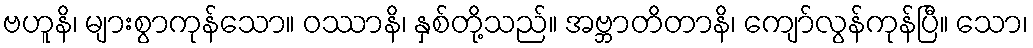
ဗဟူနိ၊ များစွာကုန်သော။ ဝဿာနိ၊ နှစ်တို့သည်။ အဗ္ဘာတိတာနိ၊ ကျော်လွန်ကုန်ပြီ။ သော၊